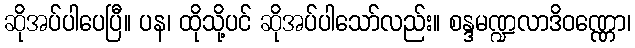
ဆိုအပ်ပါပေပြီ။ ပန၊ ထိုသို့ပင် ဆိုအပ်ပါသော်လည်း။ စန္ဒမဏ္ဍလာဒိဝဏ္ဏော၊